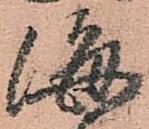
海